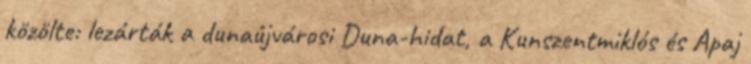
közölte: lezárták a dunaújvárosi Duna-hidat, a Kunszentmiklós és Apaj